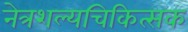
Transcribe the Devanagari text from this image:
नेत्रशल्यचिकित्सक